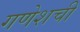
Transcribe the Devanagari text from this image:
गणेशची